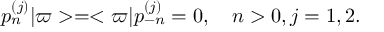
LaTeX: p _ { n } ^ { ( j ) } \vert \varpi > = < \varpi \vert p _ { - n } ^ { ( j ) } = 0 , \quad n > 0 , j = 1 , 2 .